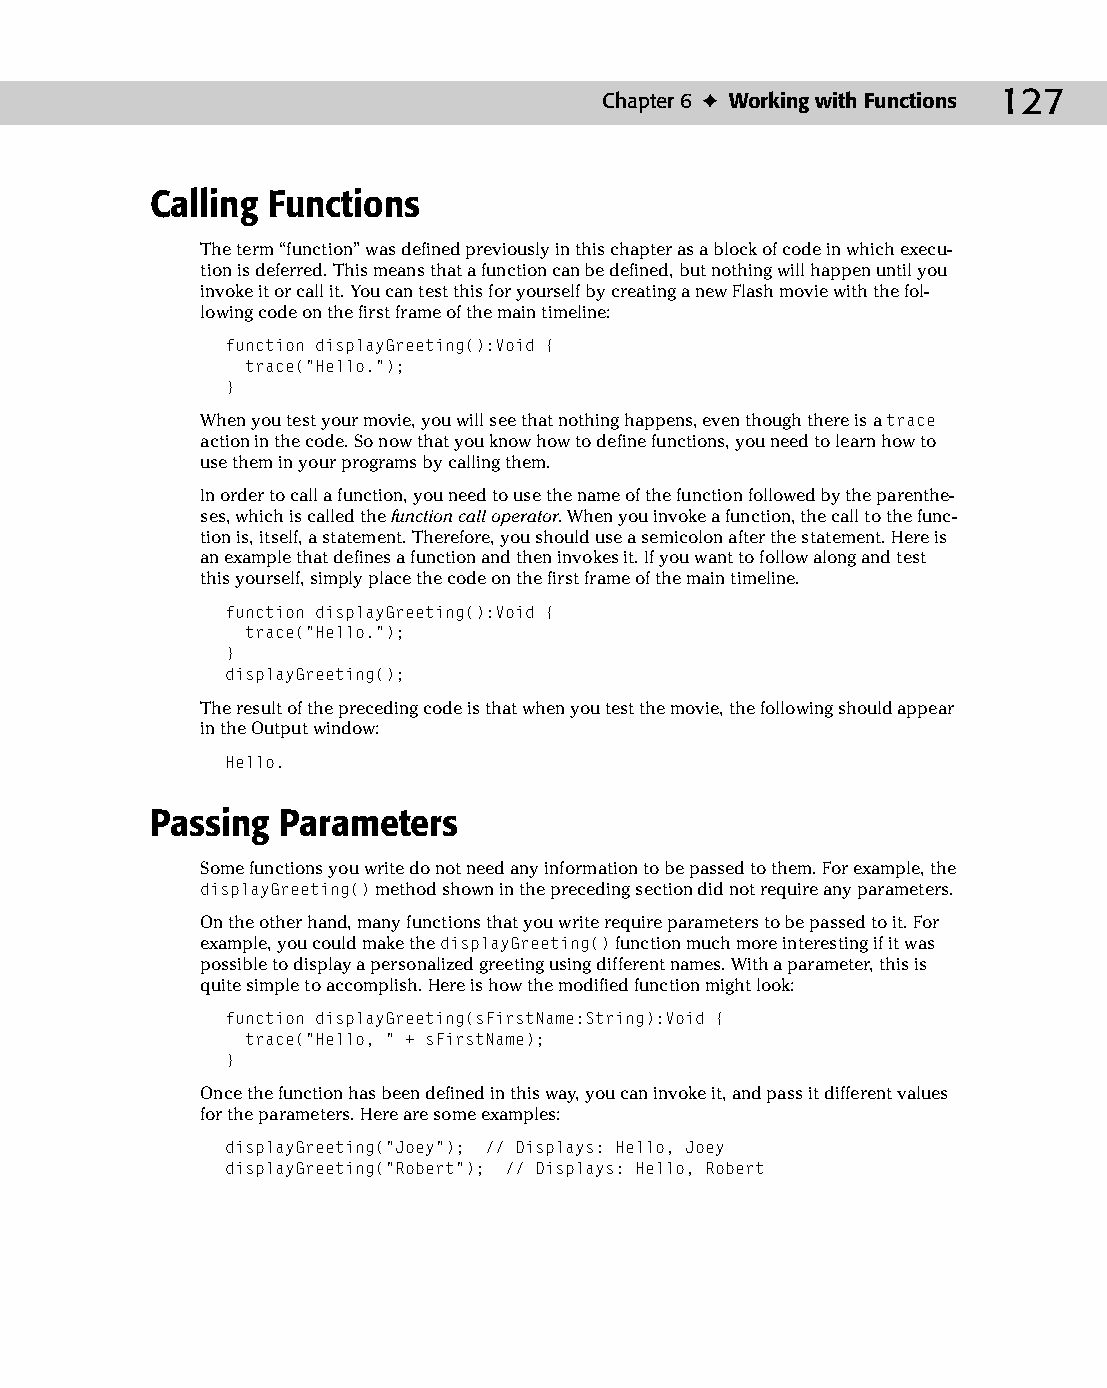
09 543547 ch06.qxd 3/24/04 3:50 PM Page 127
 Chapter 6 ✦ Working with Functions 127
 Calling Functions
 The term “function” was defined previously in this chapter as a block of code in which execu­
 tion is deferred. This means that a function can be defined, but nothing will happen until you
 invoke it or call it. You can test this for yourself by creating a new Flash movie with the fol­
 lowing code on the first frame of the main timeline:
 function displayGreeting():Void {
 trace(“Hello.”);
 }
 When you test your movie, you will see that nothing happens, even though there is a trace
 action in the code. So now that you know how to define functions, you need to learn how to
 use them in your programs by calling them.
 In order to call a function, you need to use the name of the function followed by the parenthe­
 ses, which is called the function call operator. When you invoke a function, the call to the func­
 tion is, itself, a statement. Therefore, you should use a semicolon after the statement. Here is
 an example that defines a function and then invokes it. If you want to follow along and test
 this yourself, simply place the code on the first frame of the main timeline.
 function displayGreeting():Void {
 trace(“Hello.”);
 }
 displayGreeting();
 The result of the preceding code is that when you test the movie, the following should appear
 in the Output window:
 Hello.
 Passing  Parameters
 Some functions you write do not need any information to be passed to them. For example, the
 displayGreeting() method shown in the preceding section did not require any parameters.
 On the other hand, many functions that you write require parameters to be passed to it. For
 example, you could make the displayGreeting() function much more interesting if it was
 possible to display a personalized greeting using different names. With a parameter, this is
 quite simple to accomplish. Here is how the modified function might look:
 function displayGreeting(sFirstName:String):Void {
 trace(“Hello, “ + sFirstName);
 }
 Once the function has been defined in this way, you can invoke it, and pass it different values
 for the parameters. Here are some examples:
 displayGreeting(“Joey”); // Displays: Hello, Joey
 displayGreeting(“Robert”); // Displays: Hello, Robert